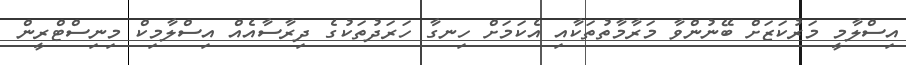
އިސްލާމީ މަރުކަޒަށް ބޭނުންވާ މަރާމާތުތަކާއި އެކަމަށް ހިނގާ ހަރަދުތަކުގެ ދިރާސާއެއް އިސްލާމިކް މިނިސްޓްރީން